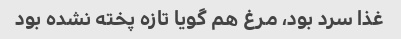
غذا سرد بود، مرغ هم گویا تازه پخته نشده بود